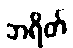
ဘရိတ်